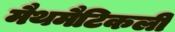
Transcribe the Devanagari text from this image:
मैथमैटिकली